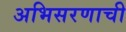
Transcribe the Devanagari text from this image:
अभिसरणाची